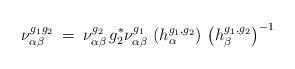
LaTeX: \begin{align*}\nu^{g_1 g_2}_{\alpha \beta} \: = \:\nu^{g_2}_{\alpha \beta} \, g_2^* \nu^{g_1}_{\alpha \beta} \,\left( h^{g_1, g_2}_{\alpha} \right) \,\left( h^{g_1, g_2}_{\beta} \right)^{-1}\end{align*}